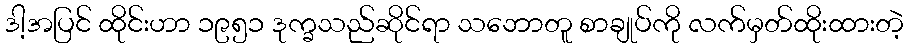
ဒါ့အပြင် ထိုင်းဟာ ၁၉၅၁ ဒုက္ခသည်ဆိုင်ရာ သဘောတူ စာချုပ်ကို လက်မှတ်ထိုးထားတဲ့